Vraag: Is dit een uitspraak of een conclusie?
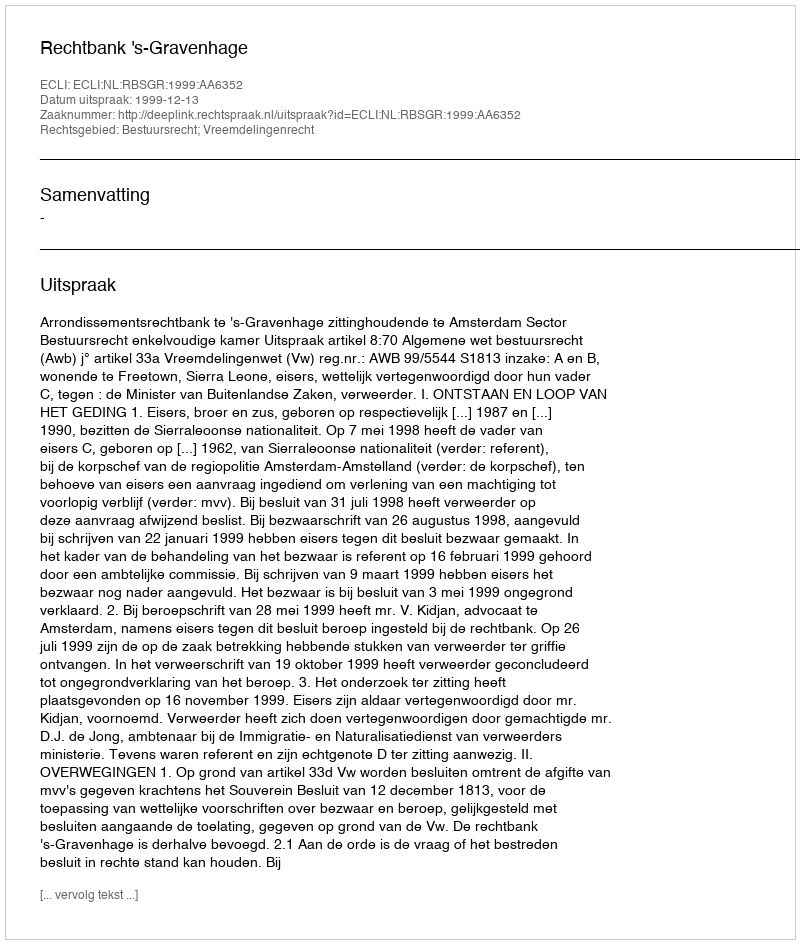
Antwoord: Uitspraak